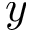
y